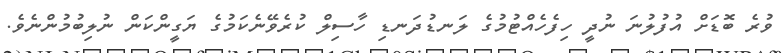
ވުރެ ބޮޑަށް އުފުލުނަ ނުދީ ހިފެހެއްޓުމުގެ ލަނޑުދަނޑި ހާސިލް ކުރެވޭނެކަމުގެ ޔަގީންކަން ނުލިބުމުންނެވެ.